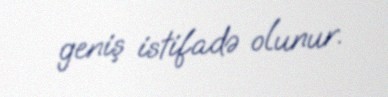
geniş istifadə olunur.